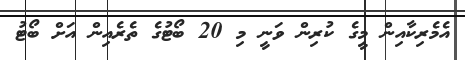
އެމެރިކާއިން މީގެ ކުރިން ވަނީ މި 20 ބޯޓުގެ ތެރެއިން އަށް ބޯޓު